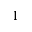
1